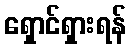
ရှောင်ရှားရန်